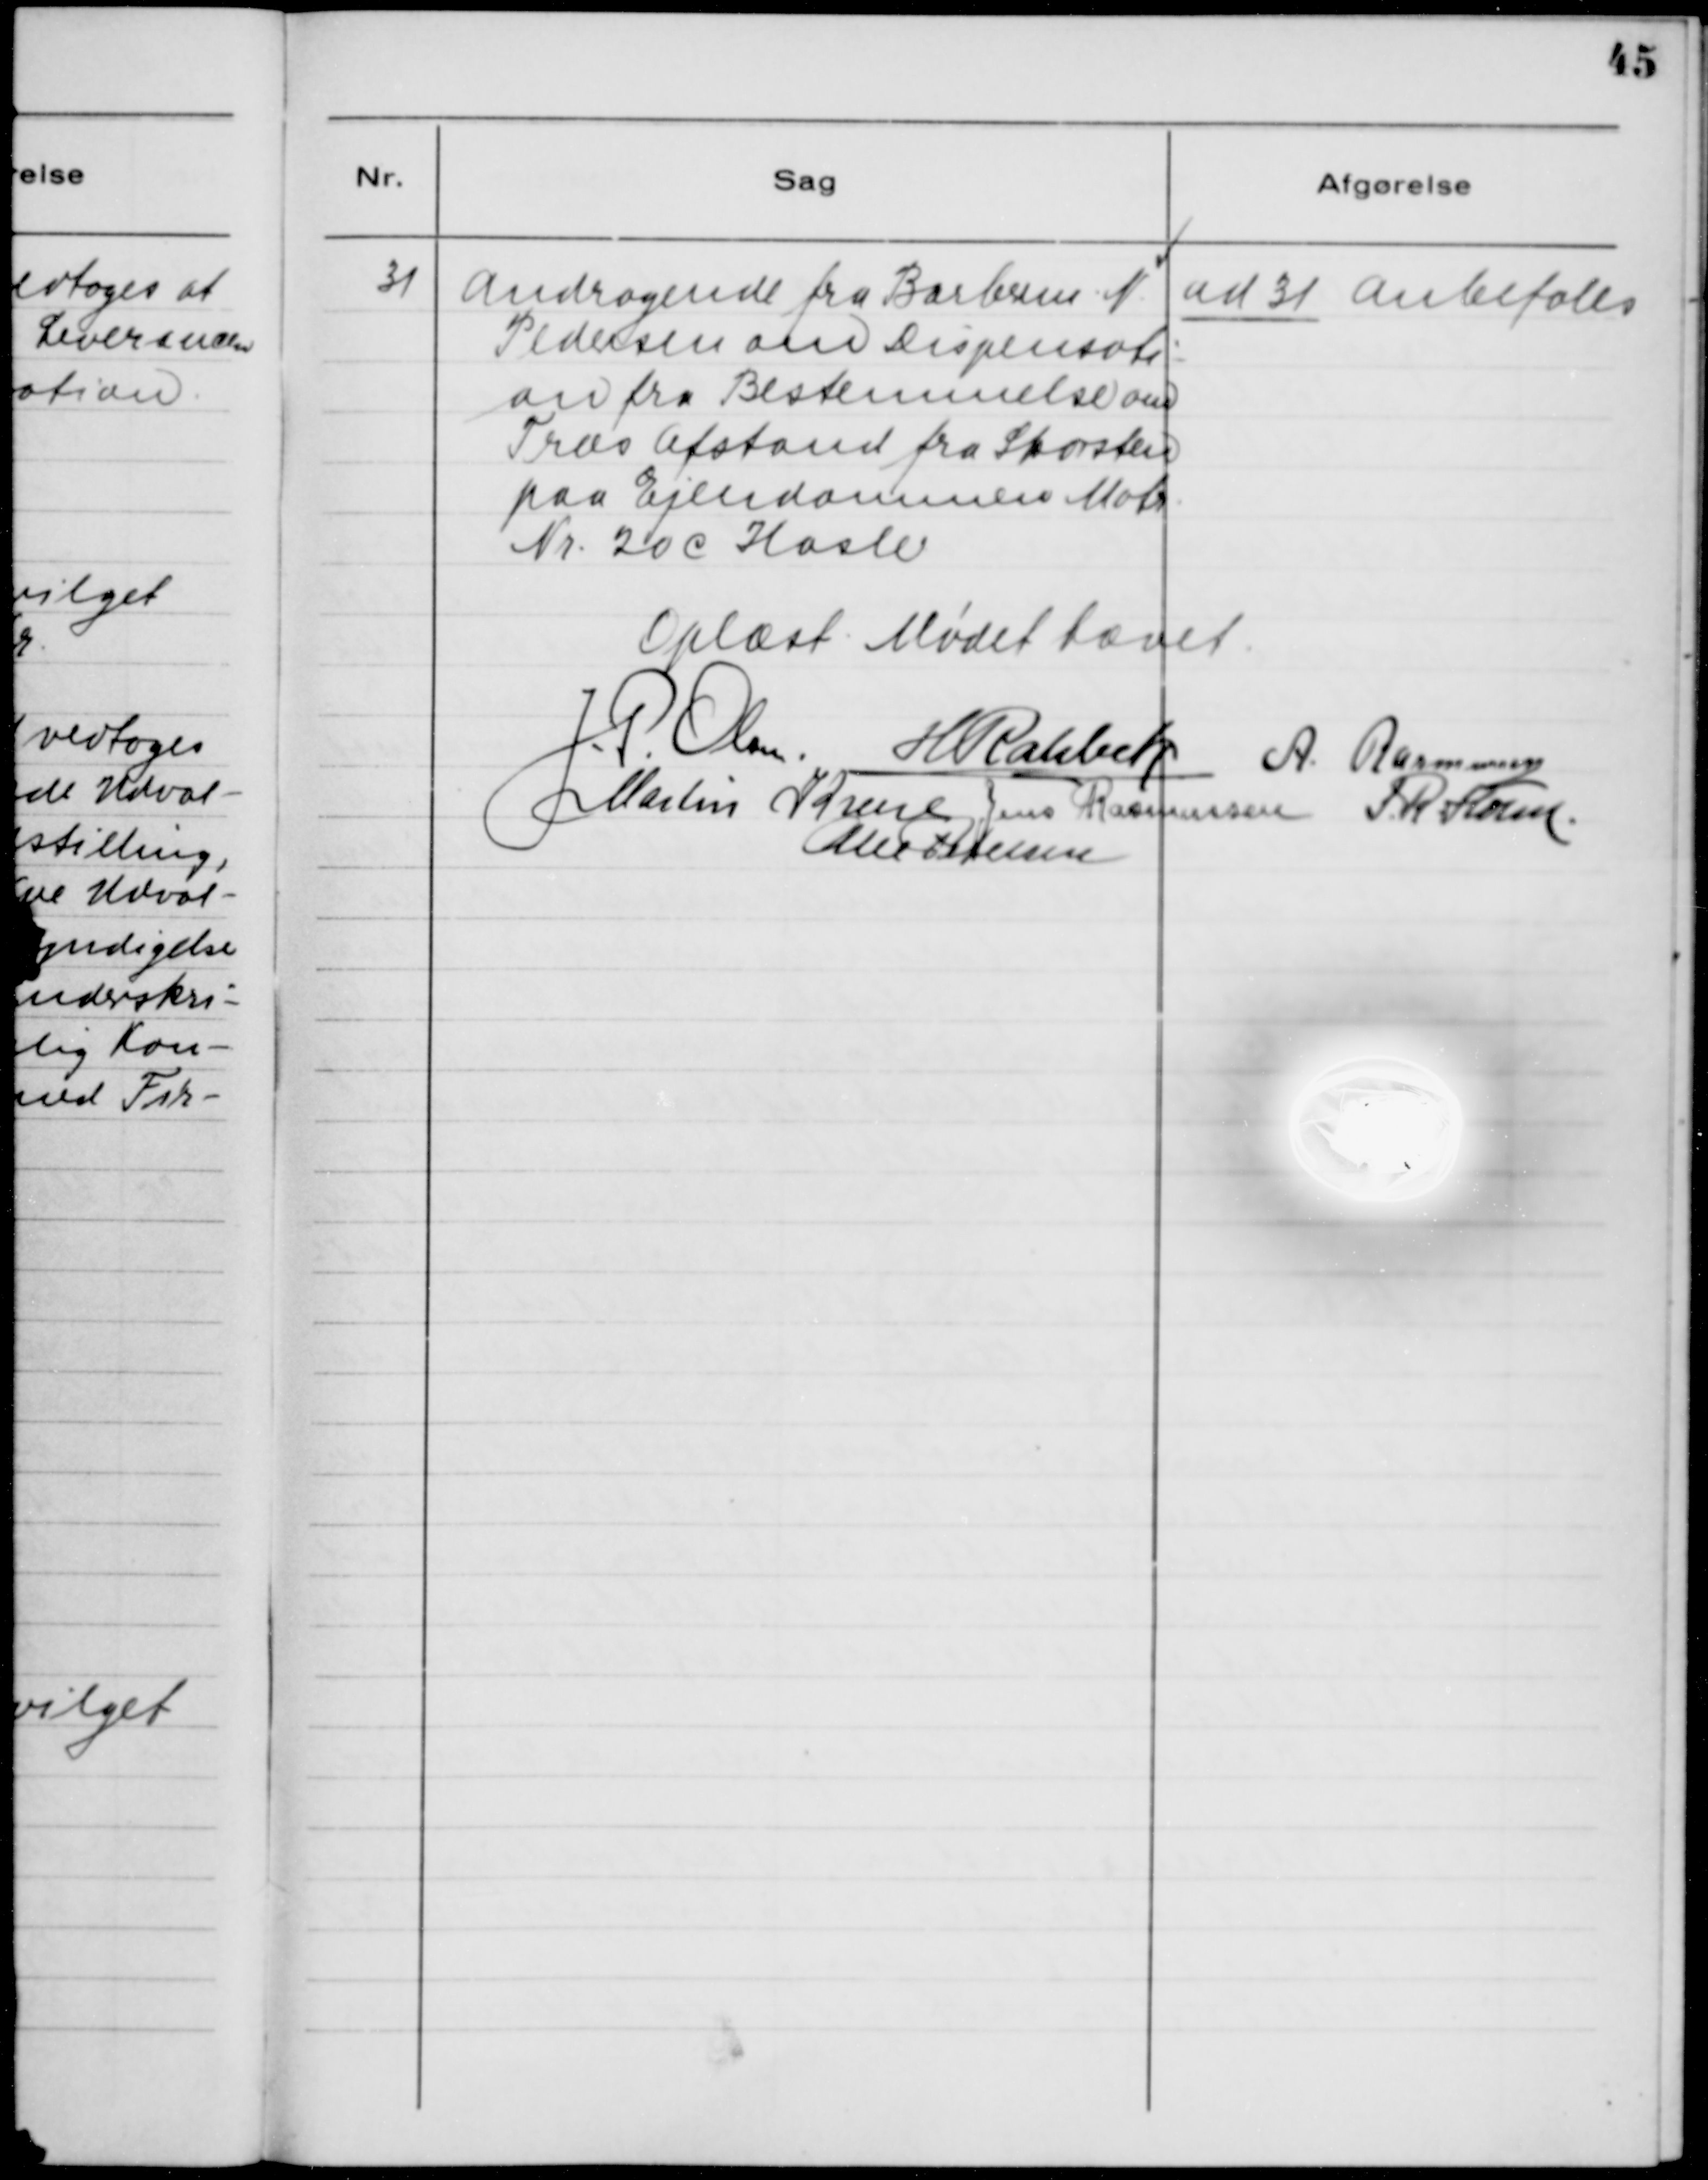
Transskription:
31. Andragende fra Barberen N.
Pedersen om Dispensati-
on fra Bestemmelse om
Træs Afstand fra Skorsten
paa Ejendommen Matr.
Nr. 20 c Hasle

ad 31. Anbefales

Oplæst. Mødet hævet.